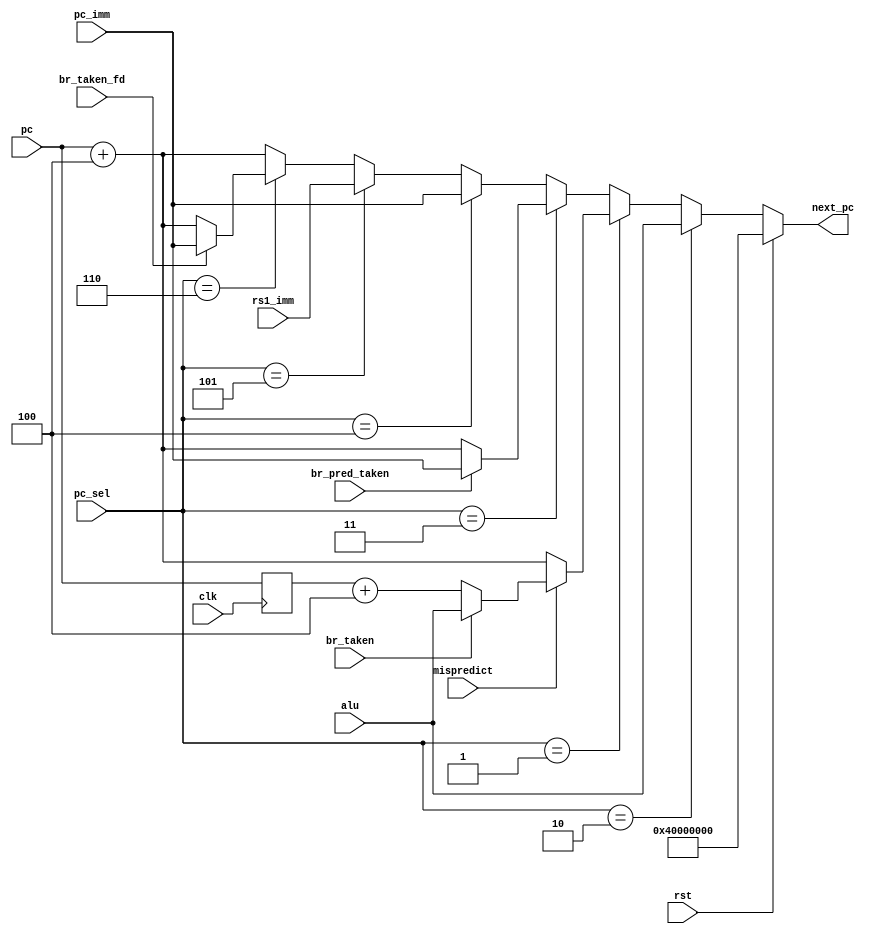
module fetch_next_pc #(
    parameter RESET_PC = 32'h4000_0000
)(
    input clk,
    input rst,
    input [2:0] pc_sel,
    input [31:0] pc,
    input [31:0] pc_imm,
    input [31:0] rs1_imm,
    input [31:0] alu,
    input br_taken,
    input br_taken_fd,
    input br_pred_taken,
    input mispredict,
    output [31:0] next_pc
);
    /*
    Fast lookup for PC Sel
    0 -> Jal Jump = PC + imm
    1 -> Branch = ALU
    2 -> Next = PC + 4
    */
    reg [31:0] pc_prev;
    always @(posedge clk) pc_prev <= pc;

    reg [31:0] next;
    always @(*) begin
        if (rst) begin
            next = RESET_PC;
        end else begin
            // Jump instruction X stage
            if (pc_sel == 2) begin
                next = alu;
            end
            // Branch instructions: result
            else if (pc_sel == 1) begin
                if (mispredict) begin
                    next = (br_taken) ? alu : pc_prev + 4;
                end else begin
                    next = pc + 4;
                end
            end
            // Branch instruction: prediction
            else if (pc_sel == 3) begin
                next = (br_pred_taken) ? pc_imm : pc + 4;
            end
            // Jal Optimization
            else if (pc_sel == 4) begin
                next = pc_imm;
            end
            // Jalr Optimization
            else if (pc_sel == 5) begin
                next = rs1_imm;
            end
            else if (pc_sel == 6) begin 
                next = (br_taken_fd)? pc_imm: pc + 4;
            end 
            // Simple next instruction
            else begin
                next = pc + 4;
            end
        end
    end
    assign next_pc = next;
endmodule